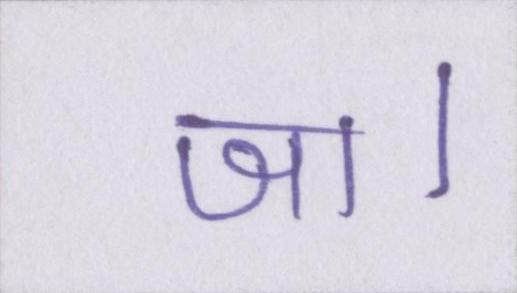
जा।